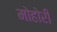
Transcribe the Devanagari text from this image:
मोहोरी